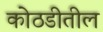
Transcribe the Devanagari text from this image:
कोठडीतील